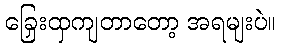
ခြှေးထှကျတာတော့ အရမျးပဲ။